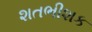
શતભીશક